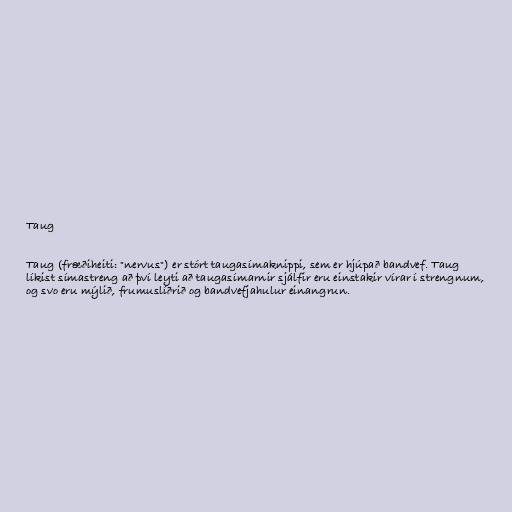
Taug

Taug (fræðiheiti: "nervus") er stórt taugasímaknippi, sem er hjúpað bandvef. Taug
líkist símastreng að því leyti að taugasímarnir sjálfir eru einstakir vírar í strengnum,
og svo eru mýlið, frumuslíðrið og bandvefjahulur einangrun.